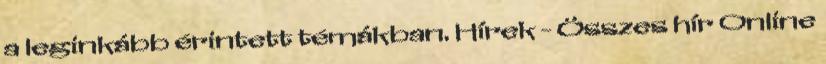
a leginkább érintett témákban. Hírek - Összes hír Online